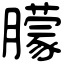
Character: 䑃